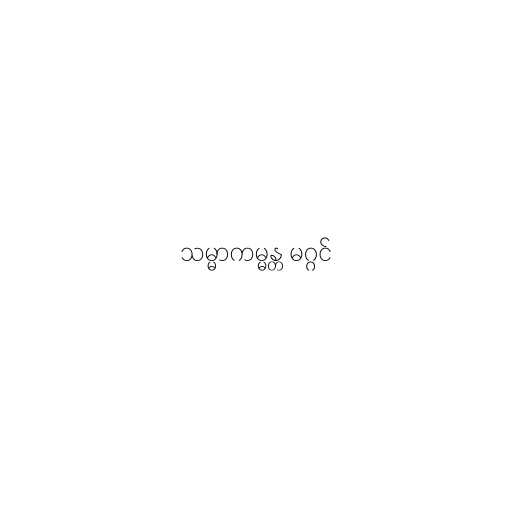
သမ္မာကမ္မန္တ မဂ္ဂင်